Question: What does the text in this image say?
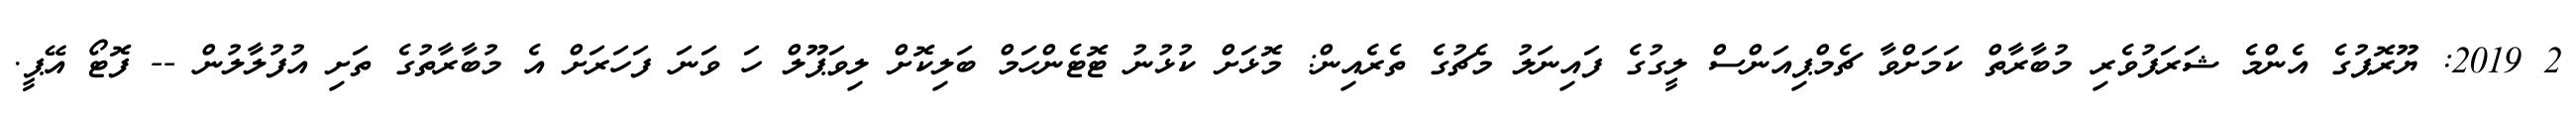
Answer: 2 2019: ޔޫރޮޕުގެ އެންމެ ޝަރަފުވެރި މުބާރާތް ކަމަށްވާ ޗެމްޕިއަންސް ލީގުގެ ފައިނަލު މެޗުގެ ތެރެއިން: މޮޅަށް ކުޅުނު ޓޮޓެންހަމް ބަލިކޮށް ލިވަޕޫލް ހަ ވަނަ ފަހަރަށް އެ މުބާރާތުގެ ތަށި އުފުލާލުން -- ފޮޓޯ އޭޕީ.